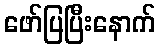
ဖော်ပြပြီးနောက်